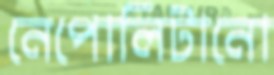
নেপোলিটানো